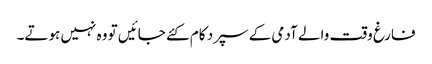
فارغ وقت والے آدمی کے سپرد کام کئے جائیں تو وہ نہیں ہوتے۔